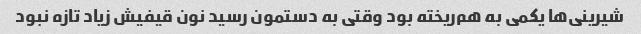
شیرینی‌ها یکمی به هم‌ریخته بود وقتی به دستمون رسید نون قیفیش زیاد تازه نبود